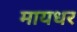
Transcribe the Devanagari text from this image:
मायधर